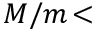
M / m \! <